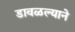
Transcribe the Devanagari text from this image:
डावळल्याने